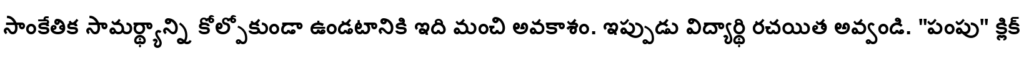
సాంకేతిక సామర్థ్యాన్ని కోల్పోకుండా ఉండటానికి ఇది మంచి అవకాశం. ఇప్పుడు విద్యార్థి రచయిత అవ్వండి. "పంపు" క్లిక్